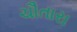
ચૌતારા